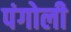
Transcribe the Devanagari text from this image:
पंगोली